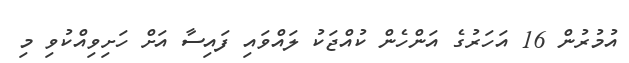
އުމުރުން 16 އަހަރުގެ އަންހެން ކުއްޖަކު ލައްވައި ފައިސާ އަށް ހަށިވިއްކުވި މި